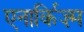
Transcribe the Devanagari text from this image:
एनार्किज़्म